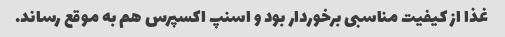
غذا از کیفیت مناسبی برخوردار بود و اسنپ اکسپرس هم به موقع رساند.